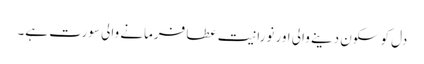
دل کو سکون دینے والی اور نورانیت عطا فرمانے والی سورت ہے۔